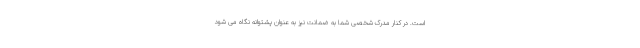
است. در کنار مدرک شخصی شما به ضمانت نیز به عنوان پشتوانه نگاه می شود